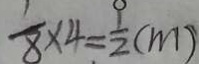
\frac { 1 } { 8 } \times 4 = \frac { 1 } { 2 } ( m )